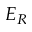
E _ { R }